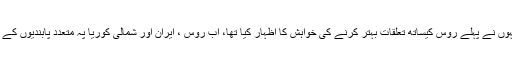
علاوہ ازیں امریکی صدر کہ جنہوں نے پہلے روس کیساتھ تعلقات بہتر کرنے کی خواہش کا اظہار کیا تھا، اب روس ، ایران اور شمالی کوریا پہ متعدد پابندیوں کے بل پر دستخط بھی کرچکے ہیں۔